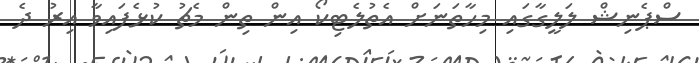
ސްޕެނިޝް ލަލީގާގައި މިހާތަނަށް އެތުލެޓިކޯ އިން ތިން މެޗު ކުޅެފައިވާ އިރު ދެ